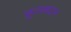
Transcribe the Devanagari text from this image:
फूलबदन